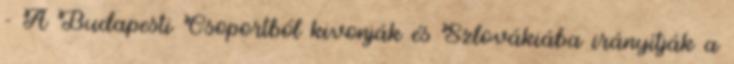
- A Budapesti Csoportból kivonják és Szlovákiába irányítják a